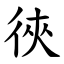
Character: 㣣